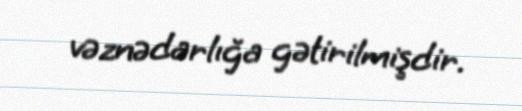
vəznədarlığa gətirilmişdir.